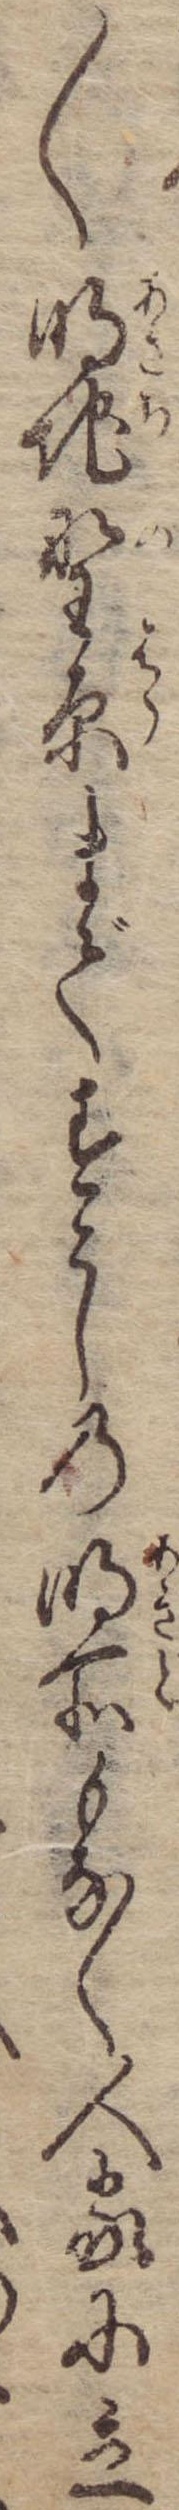
〱明地野原まですこしの明所もなく人家に立